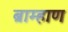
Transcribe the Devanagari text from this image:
ब्राम्हाण